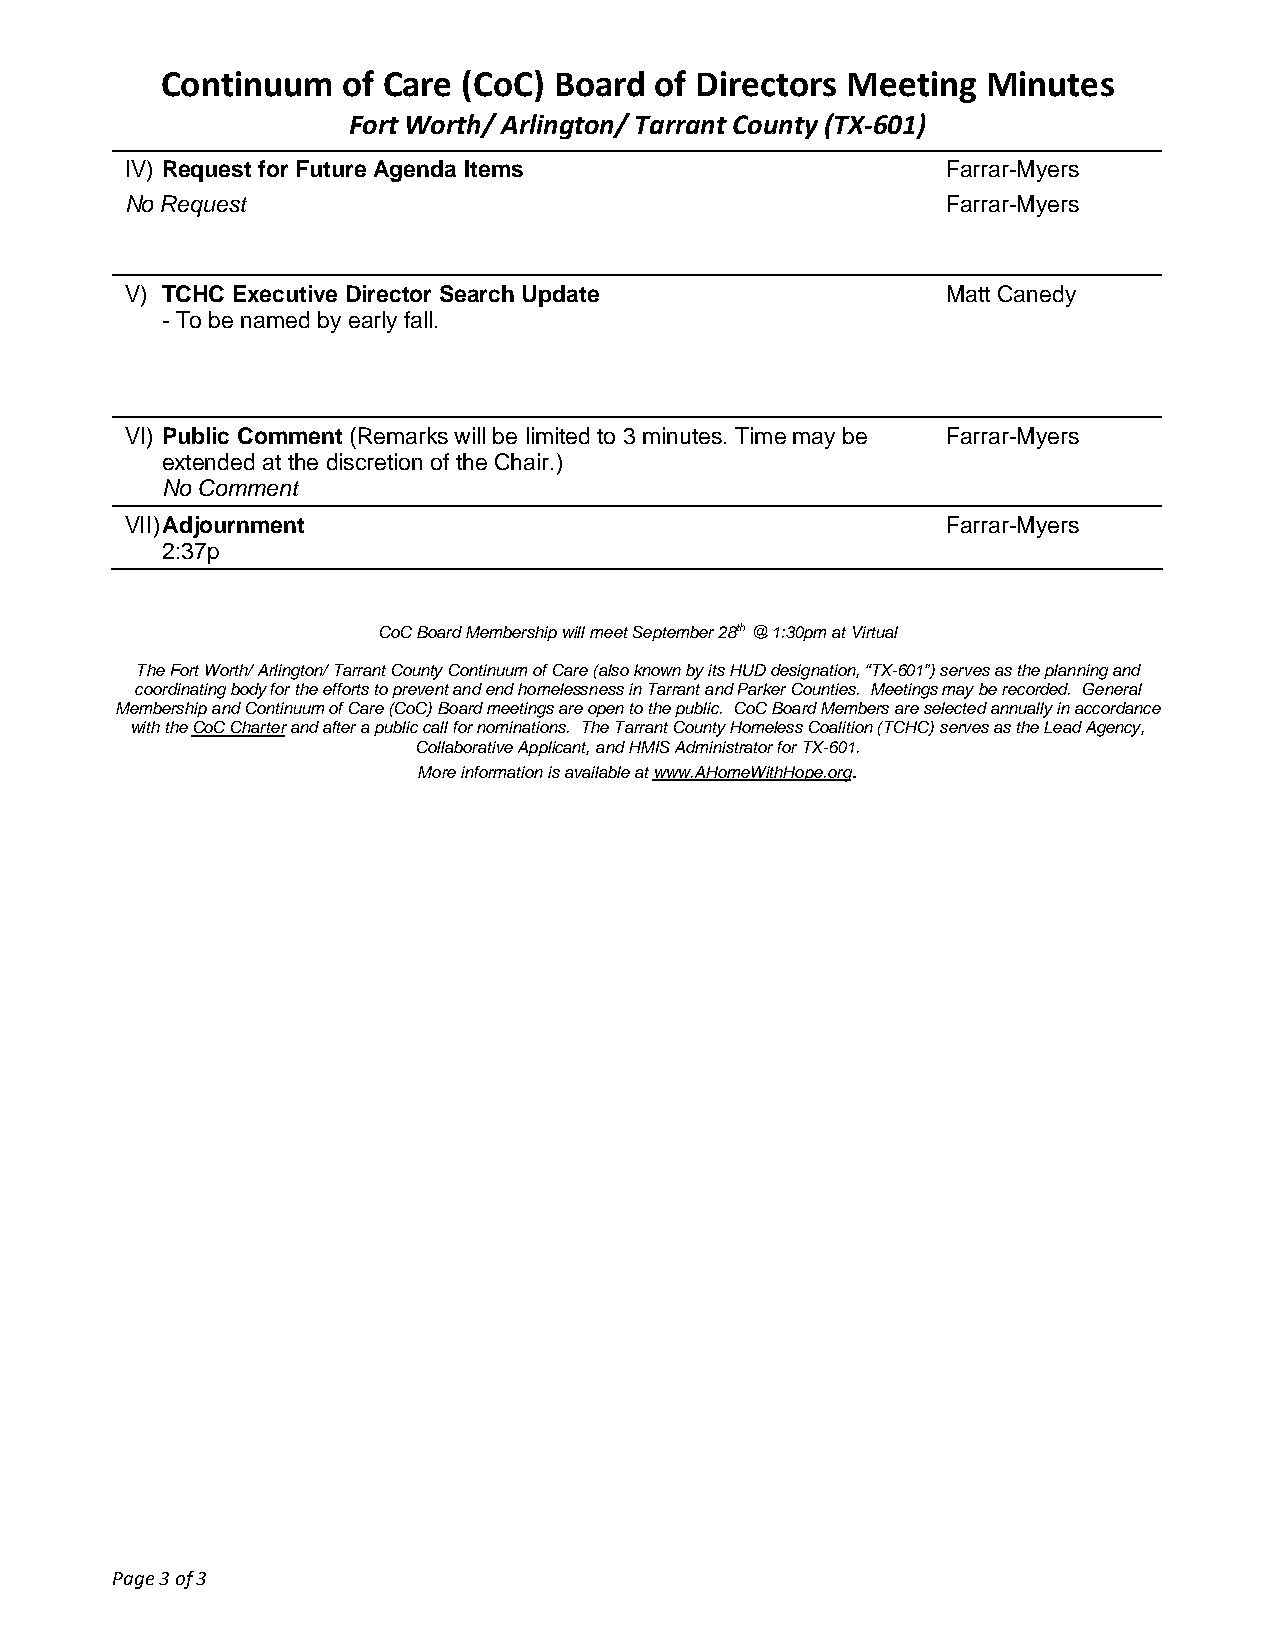
Continuum   of Care (CoC) Board of Directors Meeting  Minutes
 Fort Worth/ Arlington/ Tarrant County (TX-601)
 IV) Request for Future Agenda Items                    Farrar-Myers
 No Request                                             Farrar-Myers
 V) TCHC Executive Director Search Update               Matt Canedy
 - To be named by early fall.
 VI) Public Comment (Remarks will be limited to 3 minutes. Time may be Farrar-Myers
 extended at the discretion of the Chair.)
 No Comment
 VII) Adjournment                                       Farrar-Myers
 2:37p
 CoC Board Membership will meet September 28th @ 1:30pm at Virtual
 The Fort Worth/ Arlington/ Tarrant County Continuum of Care (also known by its HUD designation, “TX-601”) serves as the planning and
 coordinating body for the efforts to prevent and end homelessness in Tarrant and Parker Counties. Meetings may be recorded. General
 Membership and Continuum of Care (CoC) Board meetings are open to the public. CoC Board Members are selected annually in accordance
 with the CoC Charter and after a public call for nominations. The Tarrant County Homeless Coalition (TCHC) serves as the Lead Agency,
 Collaborative Applicant, and HMIS Administrator for TX-601.
 More information is available at www.AHomeWithHope.org.
 Page 3 of 3